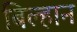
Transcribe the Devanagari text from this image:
बिल्हान